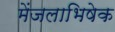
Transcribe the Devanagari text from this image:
मेंजलाभिषेक